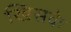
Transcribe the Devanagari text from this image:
खिसके